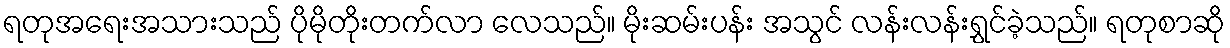
ရတုအရေးအသားသည် ပိုမိုတိုးတက်လာ လေသည်။ မိုးဆမ်းပန်း အသွင် လန်းလန်းရွှင်ခဲ့သည်။ ရတုစာဆို